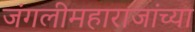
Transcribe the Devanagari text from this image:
जंगलीमहाराजांच्या